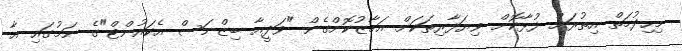
މިހިދުމަތް އިތުރަށް ފުޅާކޮށް ވިޔަފާރިތަކަށް އަމާޒުކޮށްގެން "ވަދީއާ ބިޒްނަސް އެކައުންޓް"ގެ ނަމުގައި އާ